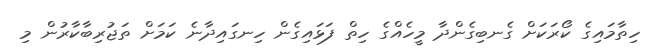
ހިތާމައިގެ ކޯރަކަށް ގެނބިގެންދާ މީހެއްގެ ހިތް ފަޅައިގެން ހިނގައިދާނެ ކަމަށް ތަޖުރިބާކާރުން މި